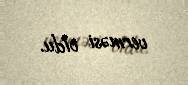
verməsi oldu.